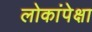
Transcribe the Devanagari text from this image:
लोकांपेक्षा